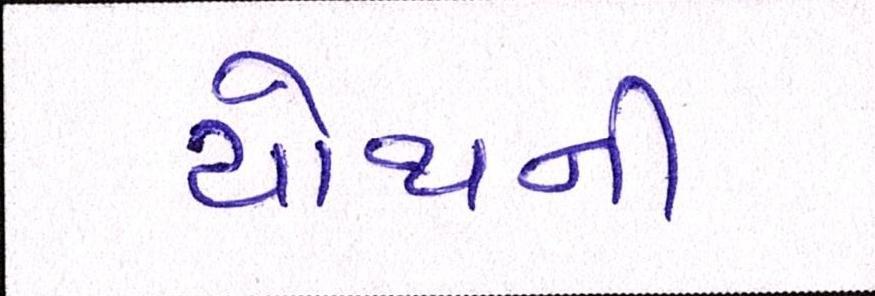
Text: ચોથની